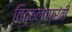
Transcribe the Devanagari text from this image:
विठ्ठलाप्रती